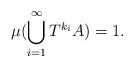
LaTeX: \begin{align*}\mu (\bigcup_{i=1}^{\infty} T^{k_i} A) = 1 . \end{align*}